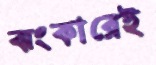
ঝংকারেই